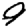
Digit: 9